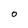
Character: o